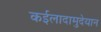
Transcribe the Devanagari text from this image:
कईलादामुदेयान